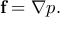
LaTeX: \mathbf { f } = \nabla p .